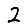
Digit: 2